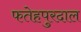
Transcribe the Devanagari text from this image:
फतेहपुरदाल